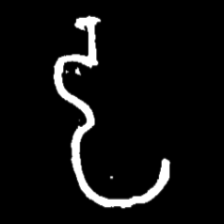
Pyu character \u2014 Myanmar letter: ဠ (romanized: lla)